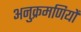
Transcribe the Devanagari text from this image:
अनुक्रमणियों